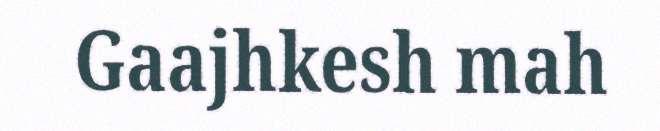
Gaajhkesh mah